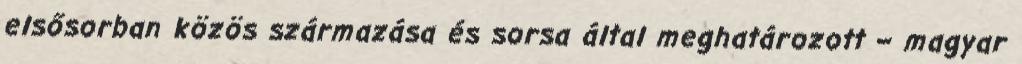
elsősorban közös származása és sorsa által meghatározott – magyar